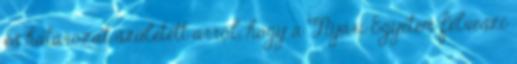
és határozat született arról, hogy a Nyári Egyetem felveszi